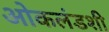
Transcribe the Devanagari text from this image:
ओकलंडशी